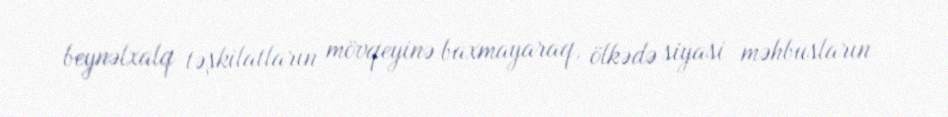
beynəlxalq təşkilatların mövqeyinə baxmayaraq, ölkədə siyasi məhbusların